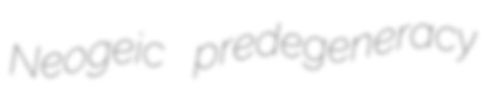
Neogeic predegeneracy